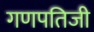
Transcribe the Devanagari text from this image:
गणपतिजी